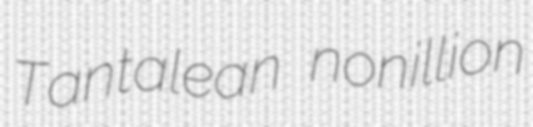
Tantalean nonillion